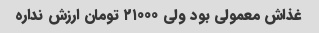
غذاش معمولی بود ولی ۲۱۰۰۰ تومان ارزش نداره